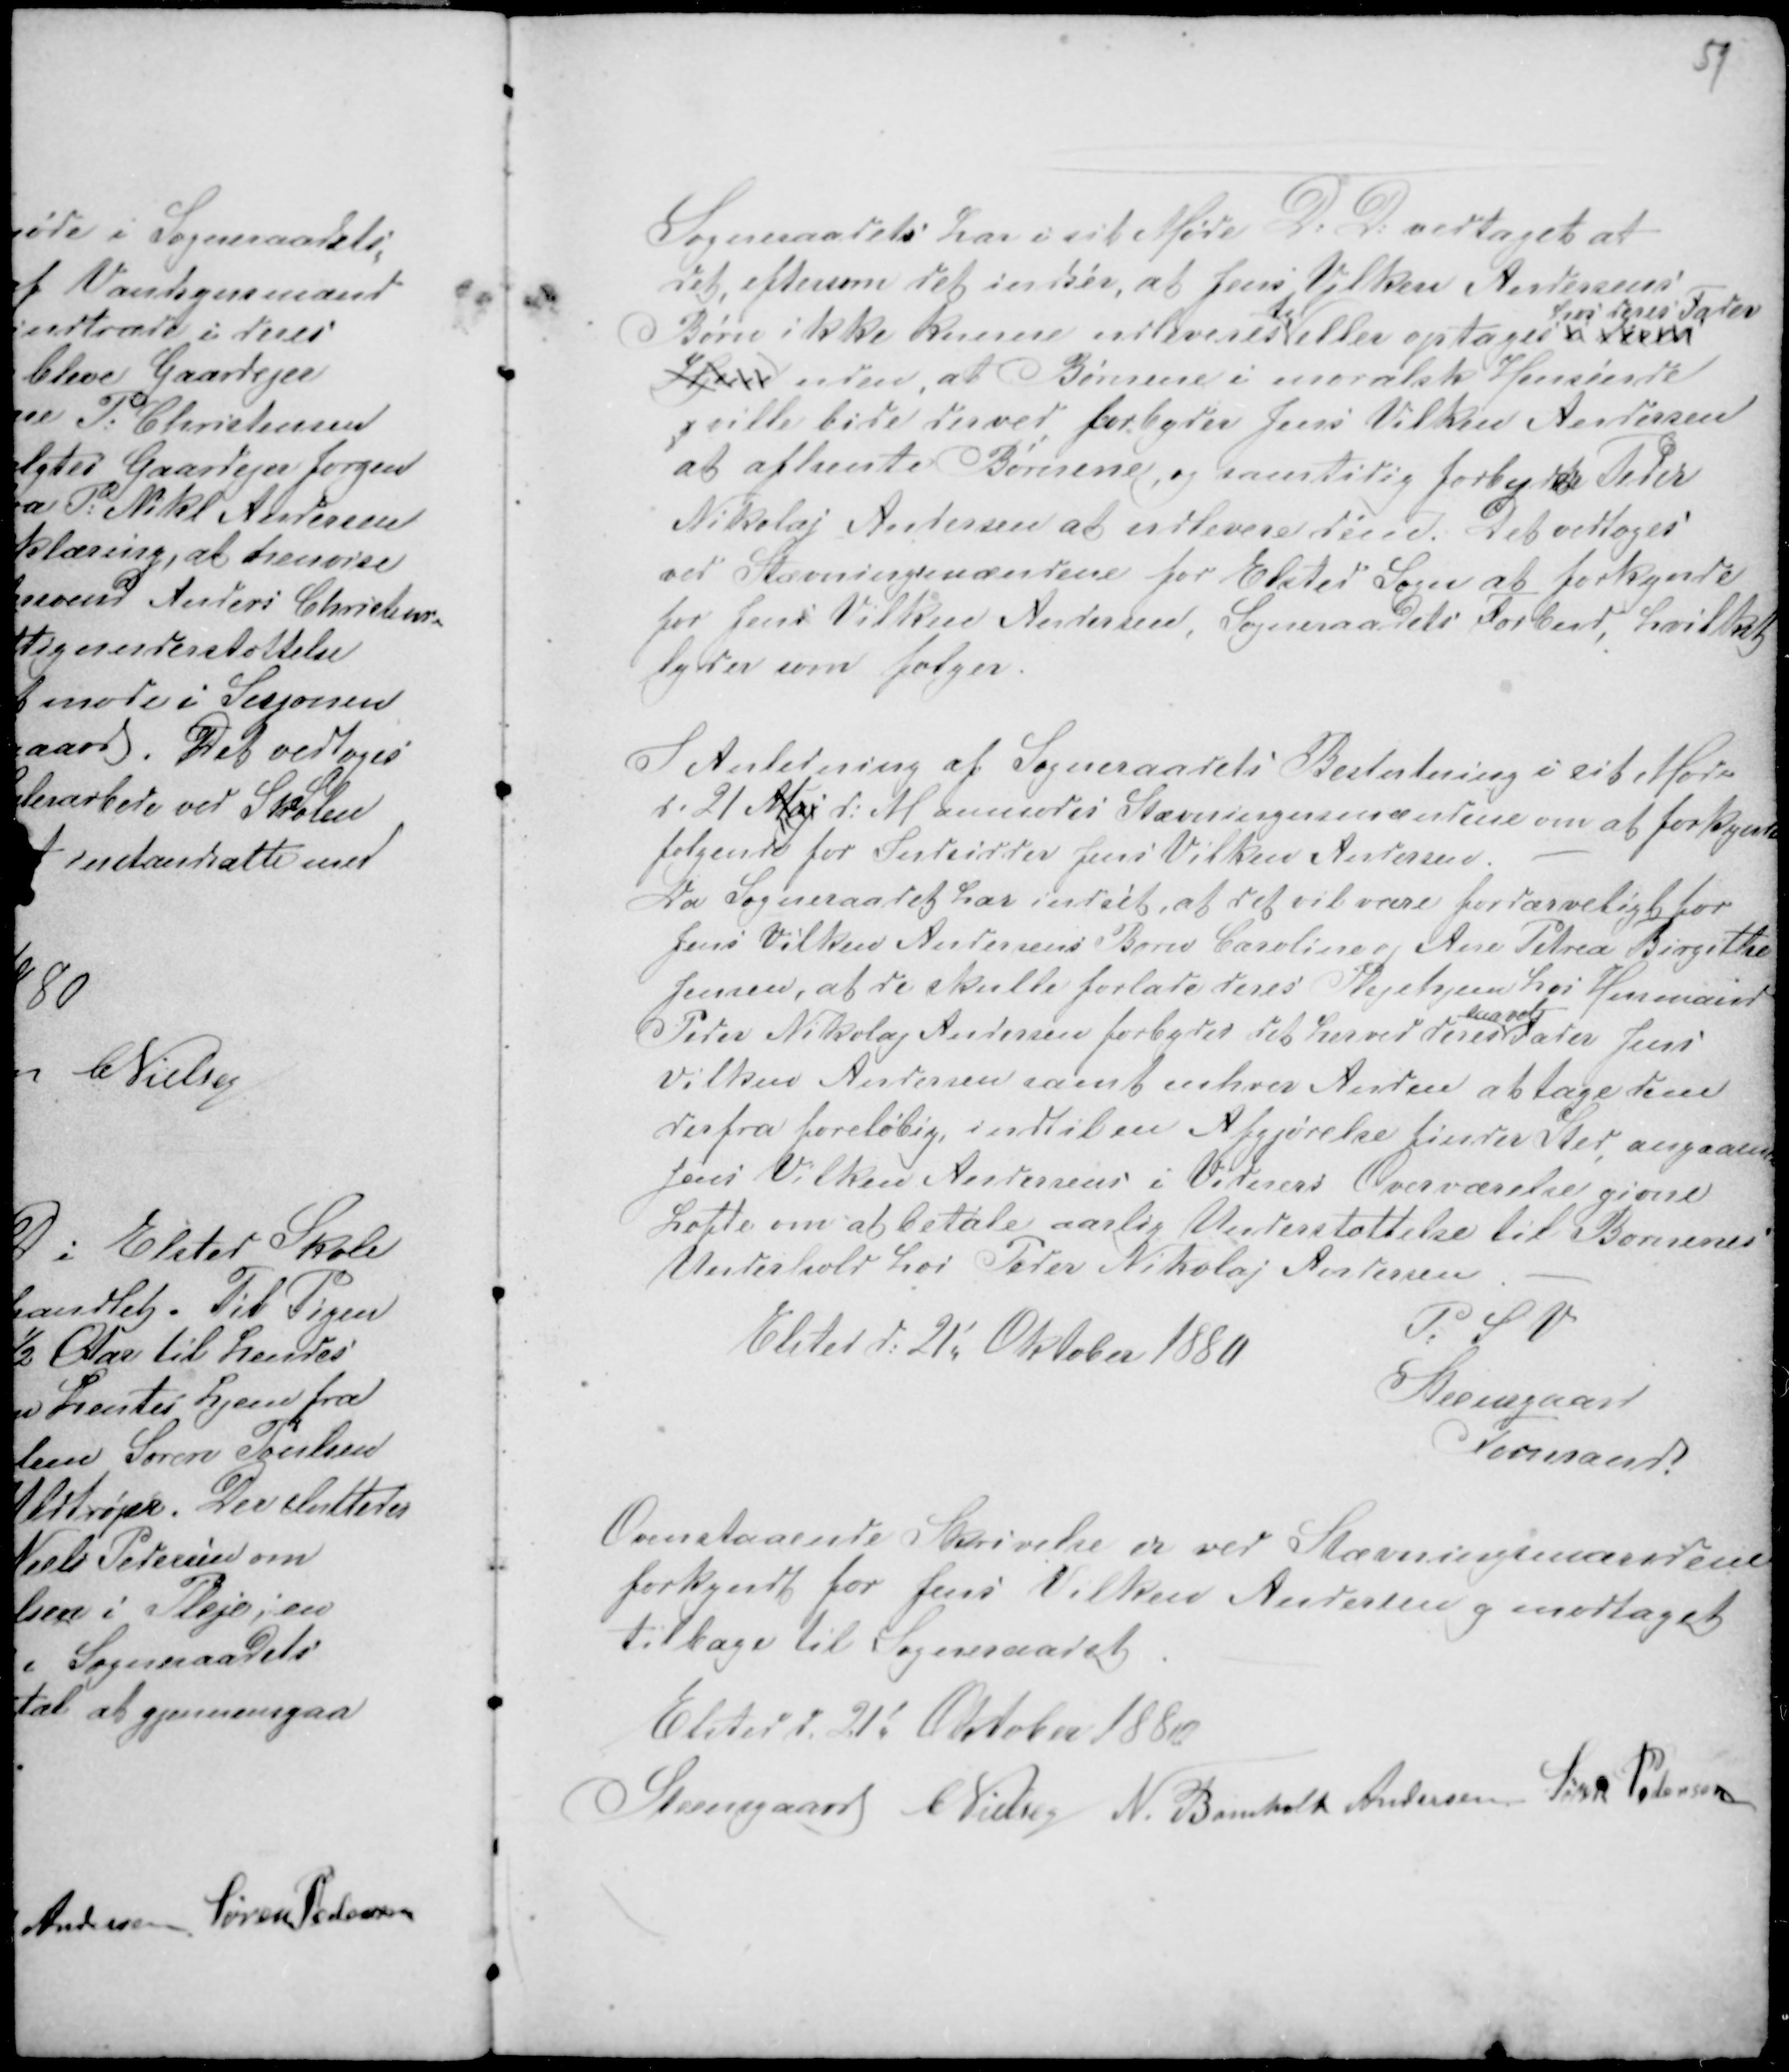
Transskription:
59

Sogneraadets har i sit Møde D: D: vedtaget at
det, eftersom det indser, at Jens Vilken Andersens
Børn ikke kunne udleveres 
til
eller optages af deres
hos deres Fader
Hjem uden, at Børnene i moralsk Henseende
j ville lide derved forbydes Jens Vilken Andersen
at afhente Børnene, og samtidig forbydes Peder
Nikolaj Andersen at udlevere disse. Det vedtoges
ved Stævningsmændene for Elsted Sogn at forkynde
for Jens Vilken Andersen, Sogneraadets Forbud, hvilket
lyder som følger.

I Anledning af Sogneraadets Beslutning i sit Møde
d. 21 Maj d: M anmodes Stævningersmændene om at forkynde
følgende for Indsidder Jens Vilken Andersen. -
Da Sogneraadet har indset, at det vil være fordærveligt for
Jens Vilken Andersens Børn Caroline og Ane Petrea Birgithe
Jensen, at de skulle forlade deres Plejehjem hos Husmand
Peder Nikolaj Andersen forbydes det herved deres
saavel
Fader Jens
Vilken Andersen samt enhver Anden at tage dem
derfra foreløbig, indtil en Afgjørelse finder Sted, angaaende
Jens Vilken Andersen i Vidners Overværelse givne
Løfte om at betale aarlig Understøttelse til Børnenes
Underhold hos Peder Nikolaj Andersen. -
Elsted d: 21' Oktober 1880
P: S V
Steensgaard
Formand

Ovenstaaende Skrivelse er ved Stævningsmændene
forkyndt for Jens Vilken Andersen g modtaget
tilbage til Sogneraadet.
Elsted d. 21' Oktober 1880
Steensgaard CNielsen N. Bomholt Andersen Søren Pedersen